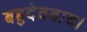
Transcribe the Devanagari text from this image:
बहुदेववाद।